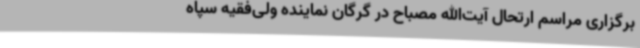
برگزاری مراسم ارتحال آیت‌الله مصباح در گرگان نماینده ولی‌فقیه سپاه